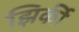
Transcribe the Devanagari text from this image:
झिर्की